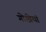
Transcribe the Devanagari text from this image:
गोष्ठीयां